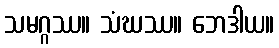
သမဂ္ဂဿ။ သံဃဿ။ ဘေဒါယ။